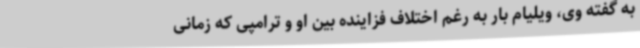
به گفته وی، ویلیام بار به رغم اختلاف فزاینده بین او و ترامپی که زمانی